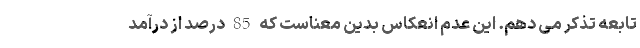
تابعه تذکر می دهم. این عدم انعکاس بدین معناست که 85 درصد از درآمد